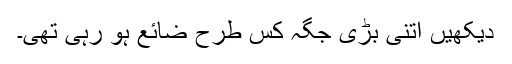
دیکھیں اتنی بڑی جگہ کس طرح ضائع ہو رہی تھی۔